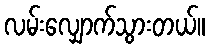
လမ်းလျှောက်သွားတယ်။